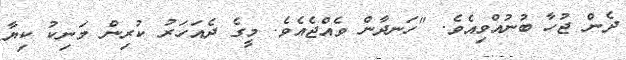
ދެން ޖުހާ ބުނުއްވިއެވެ. "ހަނދާން ވެއްޖެއެވެ. މީގެ ދެއަހަރު ކުރިން މަނިކު ކިޔާ